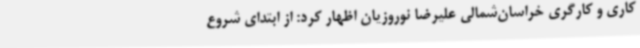
کاری و کارگری خراسان‌شمالی علیرضا نوروزیان اظهار کرد: از ابتدای شروع